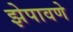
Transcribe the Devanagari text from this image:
झेपावणे